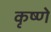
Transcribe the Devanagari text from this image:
कृष्णे